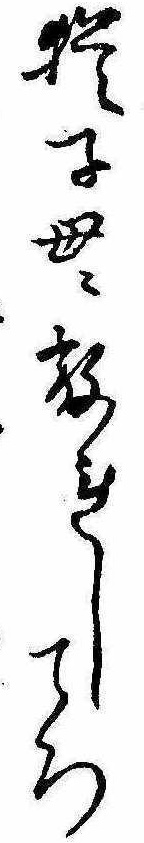
猶子母に放れしころ